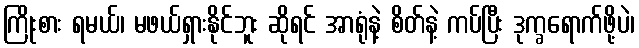
ကြိုးစား ရမယ်၊ မဖယ်ရှားနိုင်ဘူး ဆိုရင် အာရုံနဲ့ စိတ်နဲ့ ကပ်ပြီး ဒုက္ခရောက်ဖို့ပဲ၊